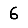
Digit: 6